EELK_Reigi_kogudus, lk 5
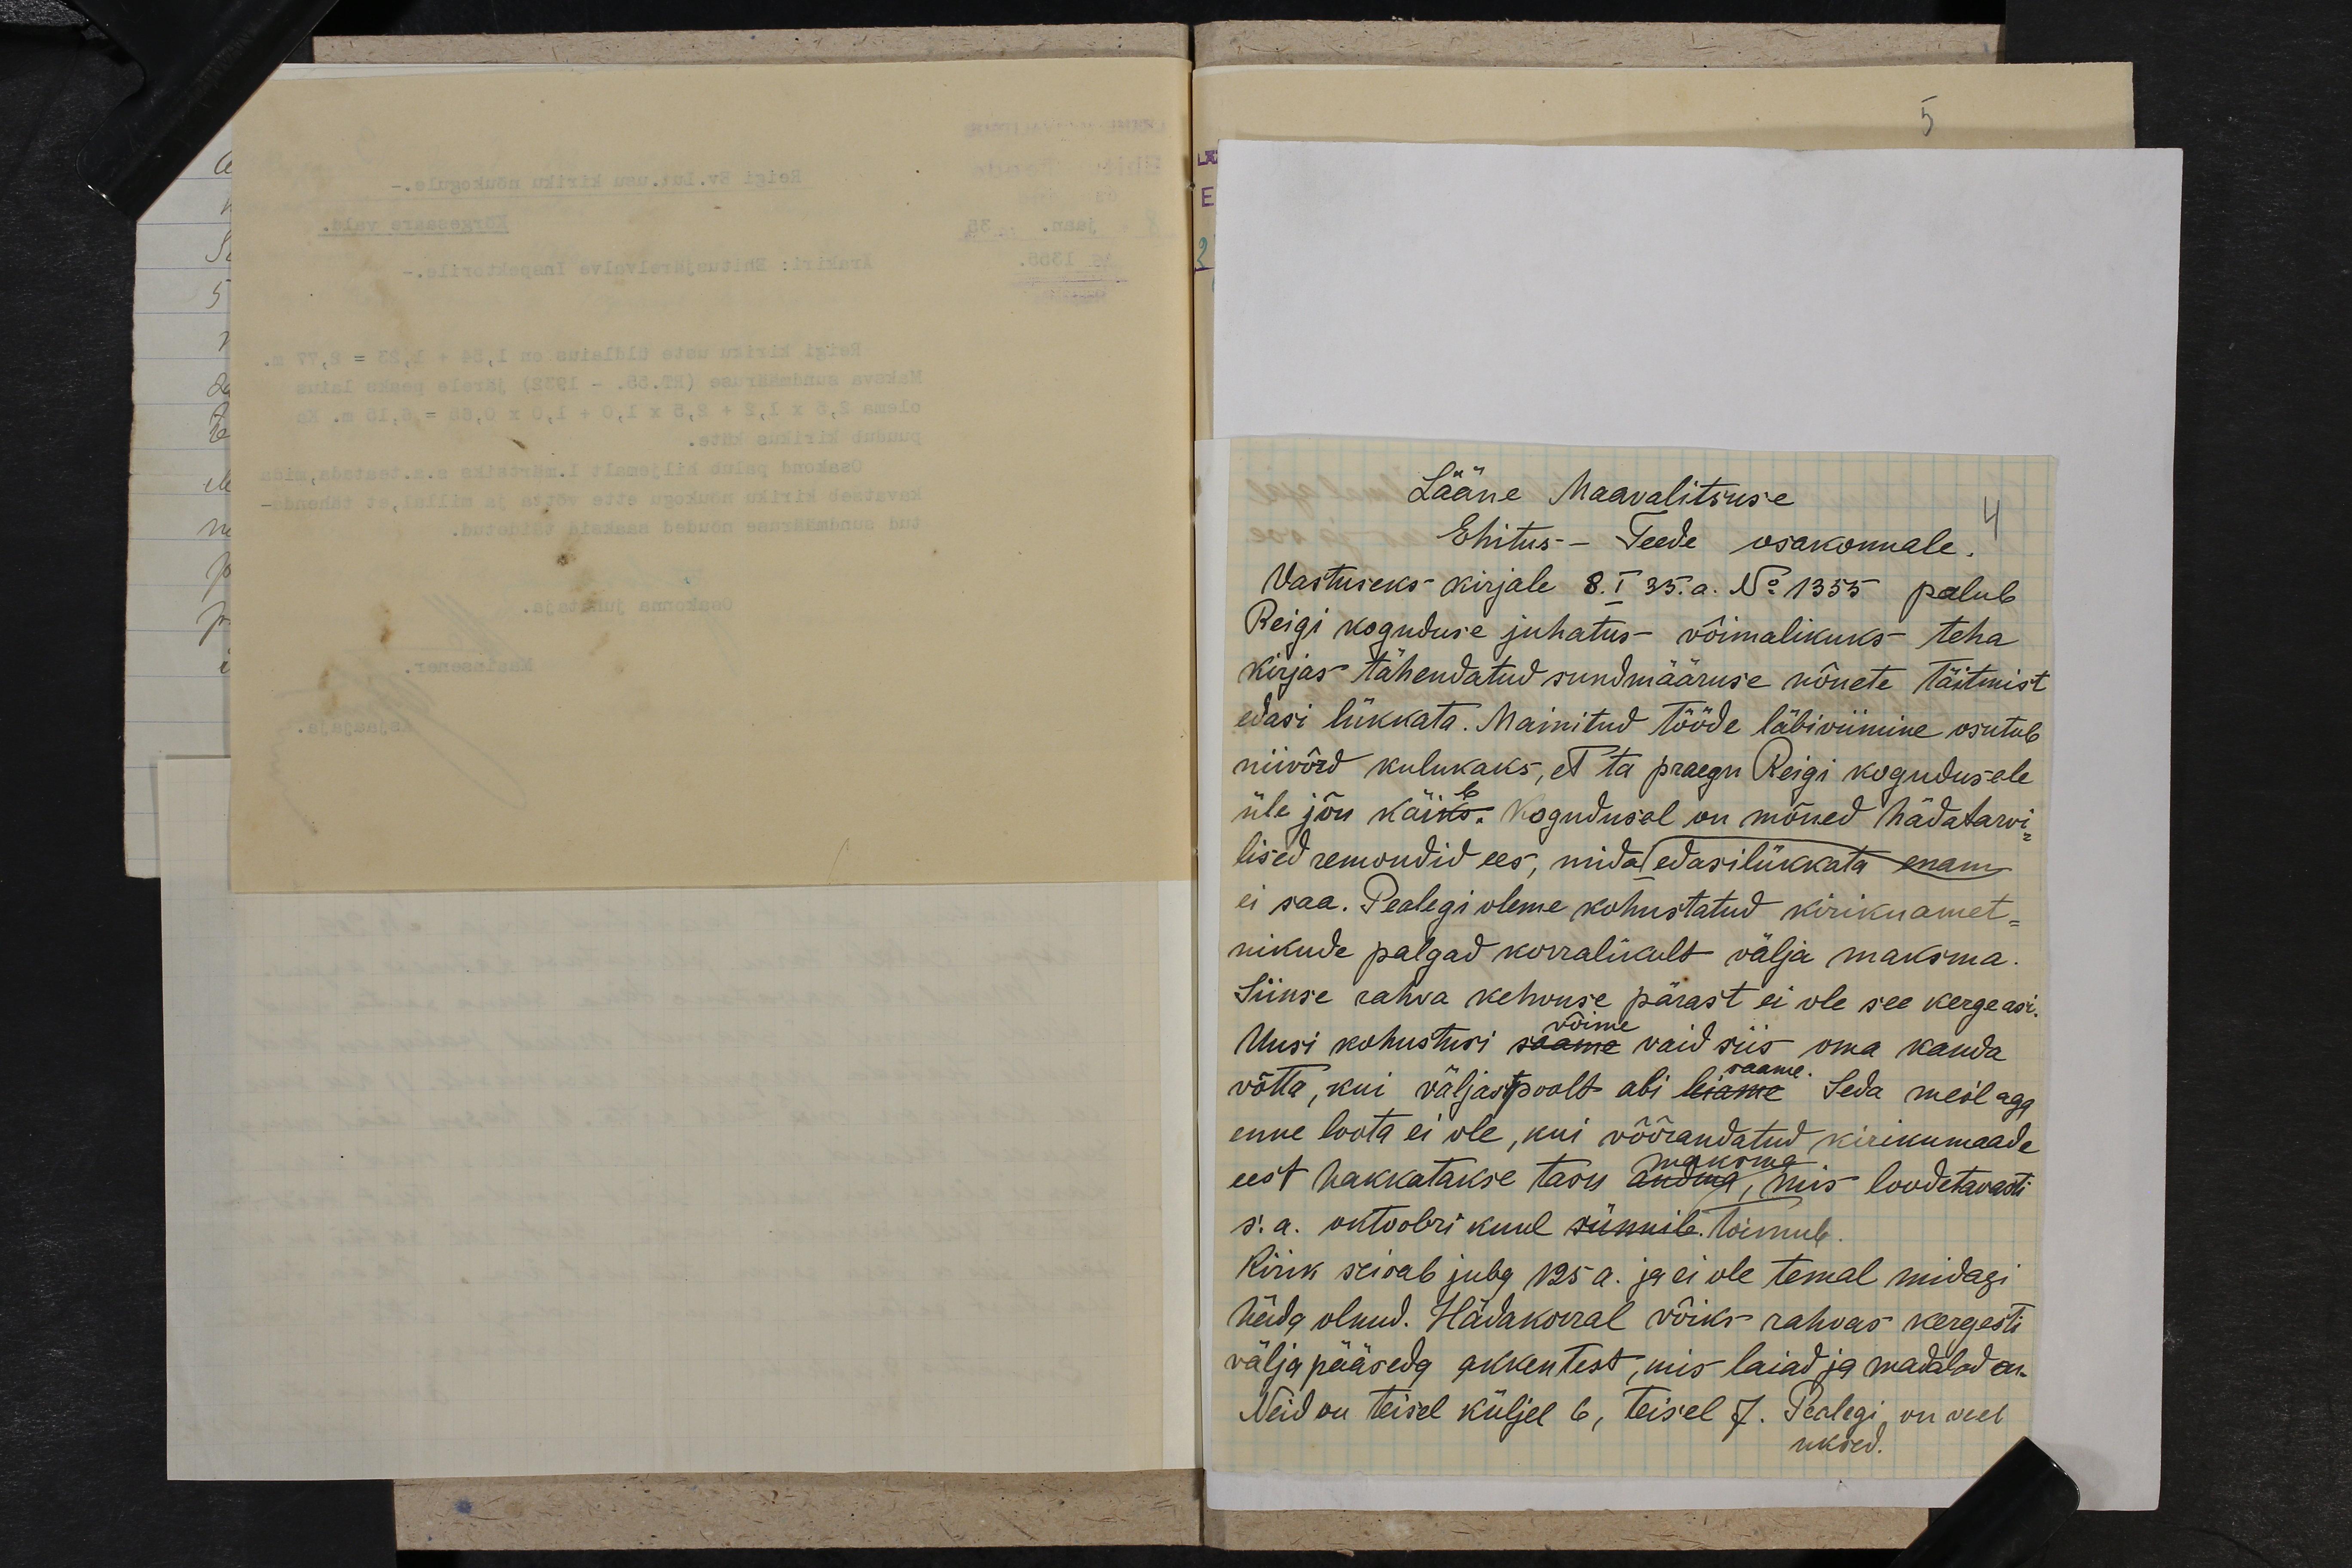
Lääne Maavalitsuse
Ehitus- Teede osakonnale.
4
Vastuseks kirjale 8. I 35. a. No 1355 palub
Reigi koguduse juhatus võimalikuks teha
kirjas tähendatud sundmääruse nõuete Täitmist
edasi lükkata. Mainitud tööde läbiviimine osutub
niivõrd kulukaks, et ta praegu Reigi kogudusele
üle jõu käiks. Kogudusal on mõned hädatarvi-
lised remondid ees, mida edasilükkata enam
ei saa. Pealegi oleme kohustatud kirikuamet-
nikude palgad korralikult välja maksma.
Siinse rahva kehvuse pärast ei ole see kerge asi.
Uusi kohustusi võime vaid siis oma kanda
võtta, kui väljastpoolt abi saame. Seda meil aga
enne loota ei ole, kui võõrandatud kirikumaade
eest hakkatakse tasu maksma, mis loodetavasti
s. a. oktoobri kuul sünnib toimub
Kirik seisab juba 125 a. ja ei ole temal midagi
hädag olnud. Hädakorral võiks rahvas kergesti
väljapääseda akkentest, mis laiad ja madalad on.
Neid on teisel küljel 6, teisel 7. Pealegi on veel
uksed.